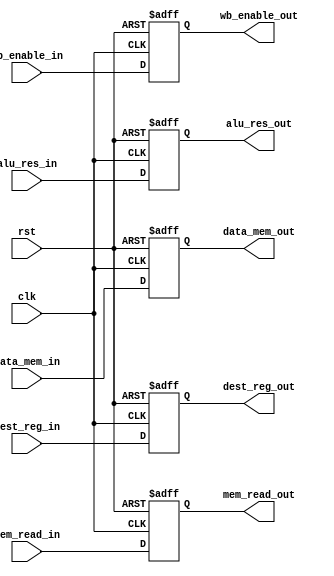
module MEM_Stage_Reg(
	input clk,
	input rst,
	input wb_enable_in,
	input mem_read_in,
	input [31:0] alu_res_in,
	input [31:0] data_mem_in,
	input [3:0] dest_reg_in,
	
	output reg wb_enable_out,
	output reg mem_read_out,
	output reg [31:0] alu_res_out,
	output reg [31:0] data_mem_out,
	output reg [3:0] dest_reg_out
);

	always @(posedge clk, posedge rst) begin
        if (rst) begin
			wb_enable_out <= 1'b0;
			mem_read_out <= 1'b0;
			alu_res_out <= 32'b0;
			data_mem_out <= 32'b0;
			dest_reg_out <= 32'b0;
		end
        else begin
			wb_enable_out <= wb_enable_in;
			mem_read_out <= mem_read_in;
			alu_res_out <= alu_res_in;
			data_mem_out <= data_mem_in;
			dest_reg_out <= dest_reg_in;
		end
	end
endmodule